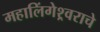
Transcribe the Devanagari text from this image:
महालिंगेश्र्वराचे